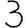
Digit: 3